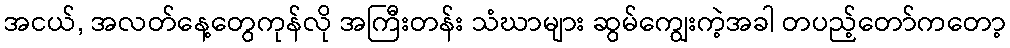
အငယ်, အလတ်နေ့တွေကုန်လို အကြီးတန်း သံဃာများ ဆွမ်ကျွေးကဲ့အခါ တပည့်တော်ကတော့